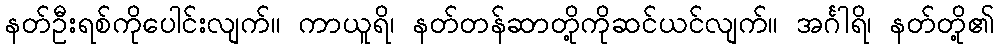
နတ်ဦးရစ်ကိုပေါင်းလျက်။ ကာယူရိ၊ နတ်တန်ဆာတို့ကိုဆင်ယင်လျက်။ အင်္ဂါရိ၊ နတ်တို့၏